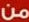
من